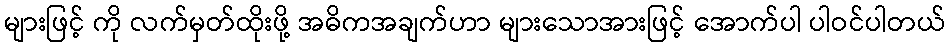
များဖြင့် ကို လက်မှတ်ထိုးဖို့ အဓိကအချက်ဟာ များသောအားဖြင့် အောက်ပါ ပါဝင်ပါတယ်